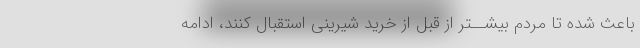
باعث شده تا مردم بیشــتر از قبل از خرید شیرینى استقبال کنند، ادامه